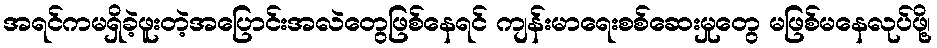
အရင်ကမရှိခဲ့ဖူးတဲ့အပြောင်းအလဲတွေဖြစ်နေရင် ကျန်းမာရေးစစ်ဆေးမှုတွေ မဖြစ်မနေလုပ်ဖို့၊